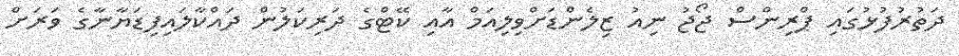
ދަތުރުފުޅުގައި ޕްރިންސް ޖޯޖު ނިއު ޒިލެންޑަށްވިލިއަމް އާއި ކޭޓްގެ ދަރިކަލުން ދައްކާލައިފިޑަޔާނާގެ ވަރަށް